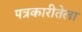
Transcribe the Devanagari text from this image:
पत्रकारीतेला